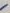
Text: -